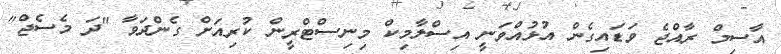
އާސިމް ރާއްޖެ ވަޑައިގެން އުޅުއްވަނީ އިސްލާމިކް މިނިސްޓްރީން ކުރިއަށް ގެންދަވާ "ދަ މެސެޖް"